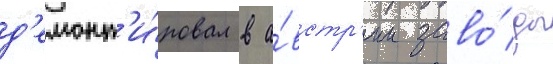
д'емонт'и́ровал в а́встр'ии заво́ды